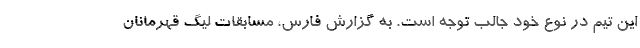
این تیم در نوع خود جالب توجه است. به گزارش فارس، مسابقات لیگ قهرمانان